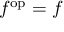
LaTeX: f ^ { \mathrm { o p } } = f